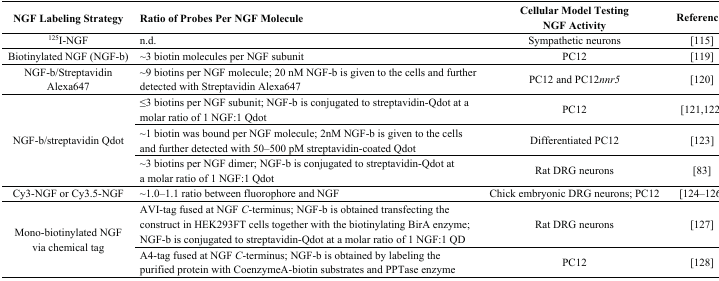
| NGF Labeling Strategy | Ratio of Probes Per NGF Molecule | Cellular Model Testing NGF Activity | References |
 | --- | --- | --- | --- |
 | 125I-NGF | n.d. | Sympathetic neurons | [115] |
 | Biotinylated NGF (NGF-b) | ~3 biotin molecules per NGF subunit | PC12 | [119] |
 | NGF-b/Streptavidin Alexa647 | ~9 biotins per NGF molecule; 20 nM NGF-b is given to the cells and further detected with Streptavidin Alexa647 | PC12 and PC12nnr5 | [120] |
 | <ROWSPAN=3> NGF-b/streptavidin Qdot | ≤3 biotins per NGF subunit; NGF-b is conjugated to streptavidin-Qdot at a molar ratio of 1 NGF:1 Qdot | PC12 | [121,122] |
 | ~1 biotin was bound per NGF molecule; 2nM NGF-b is given to the cells and further detected with 50–500 pM streptavidin-coated Qdot | Differentiated PC12 | [123] |
 | ~3 biotins per NGF dimer; NGF-b is conjugated to streptavidin-Qdot at a molar ratio of 1 NGF:1 Qdot | Rat DRG neurons | [83] |
 | Cy3-NGF or Cy3.5-NGF | ~1.0–1.1 ratio between fluorophore and NGF | Chick embryonic DRG neurons; PC12 | [124,125,126] |
 | <ROWSPAN=2> Mono-biotinylated NGF via chemical tag | AVI-tag fused at NGF C-terminus; NGF-b is obtained transfecting the construct in HEK293FT cells together with the biotinylating BirA enzyme; NGF-b is conjugated to streptavidin-Qdot at a molar ratio of 1 NGF:1 QD | Rat DRG neurons | [127] |
 | A4-tag fused at NGF C-terminus; NGF-b is obtained by labeling the purified protein with CoenzymeA-biotin substrates and PPTase enzyme | PC12 | [128] |